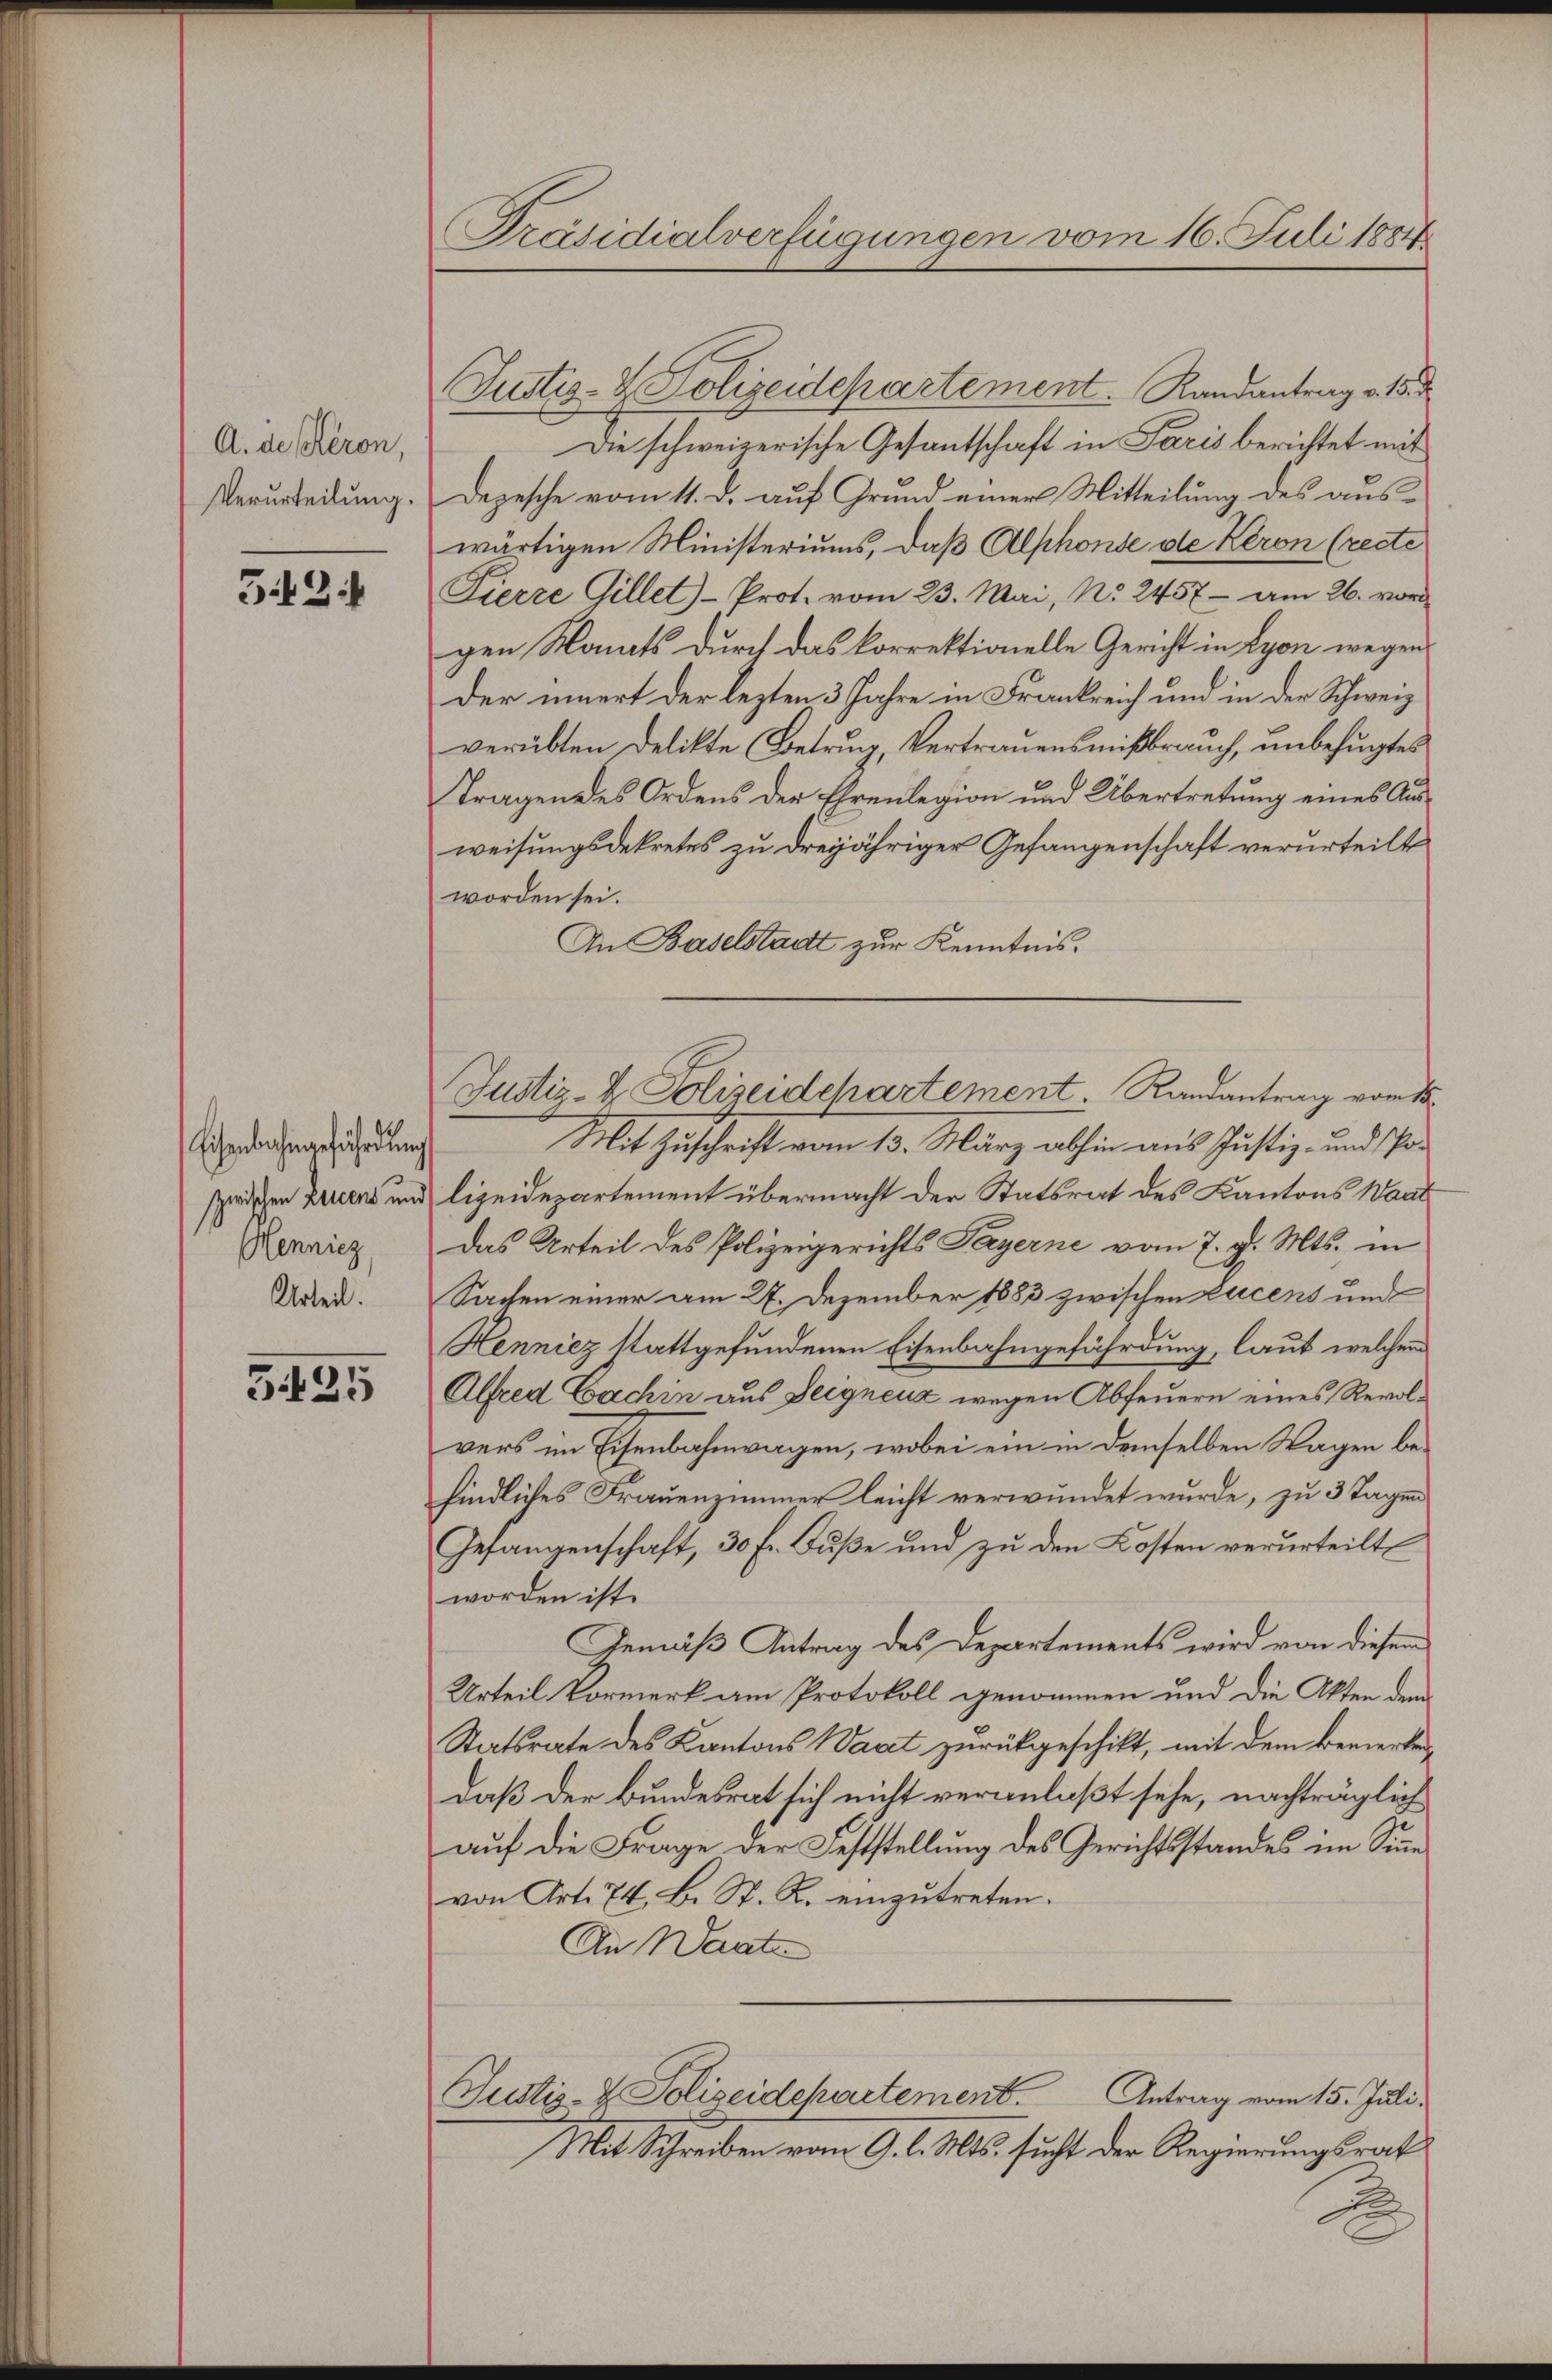
A. de Keron,
Verurteilung.

59.

Eisenbahngeführung
zwischen Zeicens und
Hennicz
Urteil.

3425

Präsidialverfügungen vom 16. Juli 1884.

Justiz- & Polizeidepartement. Randantrag vom 18.

Justiz- & Polizeidepartement. Randantrag v. 15. d
Die schweizerische Gesantschaft in Paris berichtet mit
Depesche vom 11. d. auf Grund einer Mitteilung des auswärtigen Ministeriums, daß Alphonse die Keron (recte
Fierze Gillet-Prot. vom 23. Mai, No. 2457 - am 26. vor
gen Monats durch das korrektionelle Gericht in Lyon wegen
der innert der lezten 3 Jahre in Frankreich und in der Schweiz
verübten Delikte (Betrug, Vertrauensmißbrauch, unbefugtes
Tragen des Ordens der Ehrenlegion und Übertretung eines Ausweisungsdekretes zu dreijähriger Gefangenschaft verurteilt
worden sei.
An Baselstadt zur Kenntnis.
Mit Zuschrift vom 13. März abhin aus Justiz- und Po-
lizeidepartement übermacht der Statsrat des Kantons Waad
Das Urteil des Polizeigerichts Payerne vom 7. d. Mts. in
Sachen einer am 27. Dezember 1883 zwischen Lucens und
Hennicz stattgefundenen Eisenbahngefährdung, laut welchem
Alfred Eachin aus Zeignenz wegen Abfeuern eines Revolvers im Eisenbahnwagen, wobei ein in demselben Wagen befindliches Frauenzimmer leicht verwundet wurde, zu 3 Tagen
Gefangenschaft, 30 Fr. Fuße und zu den Kosten verurteilt
worden ist.
Gemäß Antrag des Departements wird von diesem
Urteil Vormerk am Protokoll genommen und die Akten dem
Statsrate des Kantons Waat zurückgeschikt, mit dem Bemerkendaß der Bundesrat sich nicht veranlaßt sehe, nachträglich
auf die Frage der Feststellung des Gerichtsstandes im Sinne
von Art. 74, B. St. R. einzutreten.
An Waate
Justiz- & Polizeidchartement.
Antrag vom 15. Juli.
Mit Schreiben vom 9. l. Mts. sucht der Regierungsrat
.